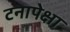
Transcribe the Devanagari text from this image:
टनापेक्षा